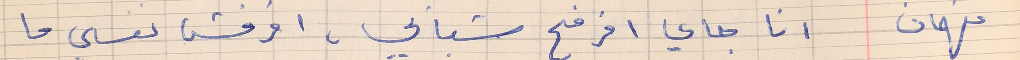
فهمان     انا جاي افرفح شبابي، افرفش نفسي ما